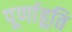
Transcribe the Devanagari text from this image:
पूर्णाहूति